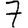
Digit: 7